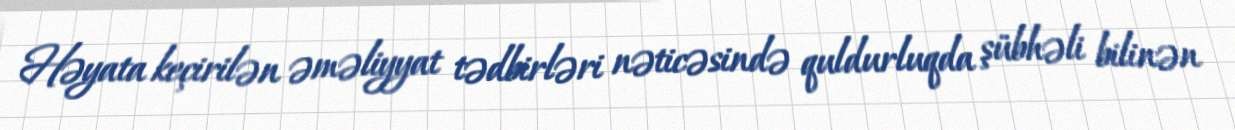
Həyata keçirilən əməliyyat tədbirləri nəticəsində quldurluqda şübhəli bilinən